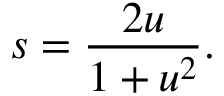
s = { \frac { 2 u } { 1 + u ^ { 2 } } } .